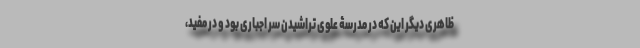
ظاهری دیگر این که در مدرسۀ علوی تراشیدنِ سر اجباری بود و در مفید،